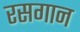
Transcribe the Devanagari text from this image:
रसगान